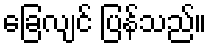
ခြေလျင် ပြန်သည်။